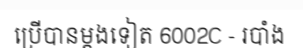
ប្រើបានម្តងទៀត 6002C - របាំង